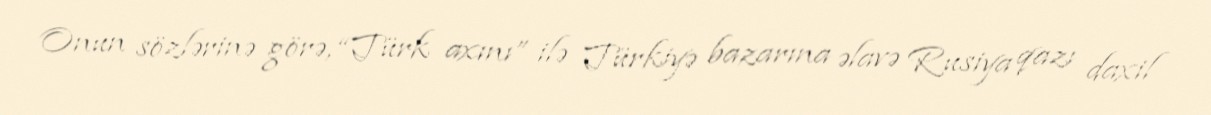
Onun sözlərinə görə, “Türk axını” ilə Türkiyə bazarına əlavə Rusiya qazı daxil